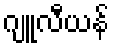
ဂျူလီယန်